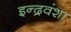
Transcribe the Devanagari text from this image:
इन्द्रवंशा